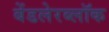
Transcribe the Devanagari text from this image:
बेंडलेरब्लॉक